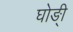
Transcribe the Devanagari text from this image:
घोङ्ी